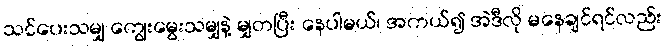
သင်ပေးသမျှ ကျွေးမွေးသမျှနဲ့ မျှတပြီး နေပါမယ်၊ အကယ်၍ အဲဒီလို မနေချင်ရင်လည်း